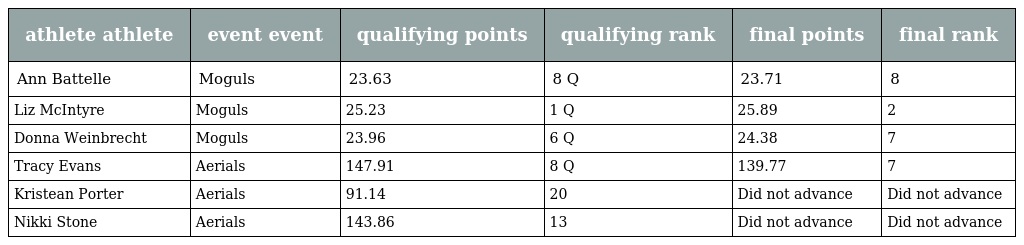
| athlete athlete | event event | qualifying points | qualifying rank | final points | final rank |
 | --- | --- | --- | --- | --- | --- |
 | Ann Battelle | Moguls | 23.63 | 8 Q | 23.71 | 8 |
 | Liz McIntyre | Moguls | 25.23 | 1 Q | 25.89 | 2 |
 | Donna Weinbrecht | Moguls | 23.96 | 6 Q | 24.38 | 7 |
 | Tracy Evans | Aerials | 147.91 | 8 Q | 139.77 | 7 |
 | Kristean Porter | Aerials | 91.14 | 20 | Did not advance | Did not advance |
 | Nikki Stone | Aerials | 143.86 | 13 | Did not advance | Did not advance |